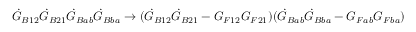
{ \dot { G } _ { B 1 2 } } \dot { G } _ { B 2 1 } \dot { G } _ { B a b } \dot { G } _ { B b a } \rightarrow ( \dot { G } _ { B 1 2 } \dot { G } _ { B 2 1 } - G _ { F 1 2 } G _ { F 2 1 } ) ( \dot { G } _ { B a b } \dot { G } _ { B b a } - G _ { F a b } G _ { F b a } ) \quad